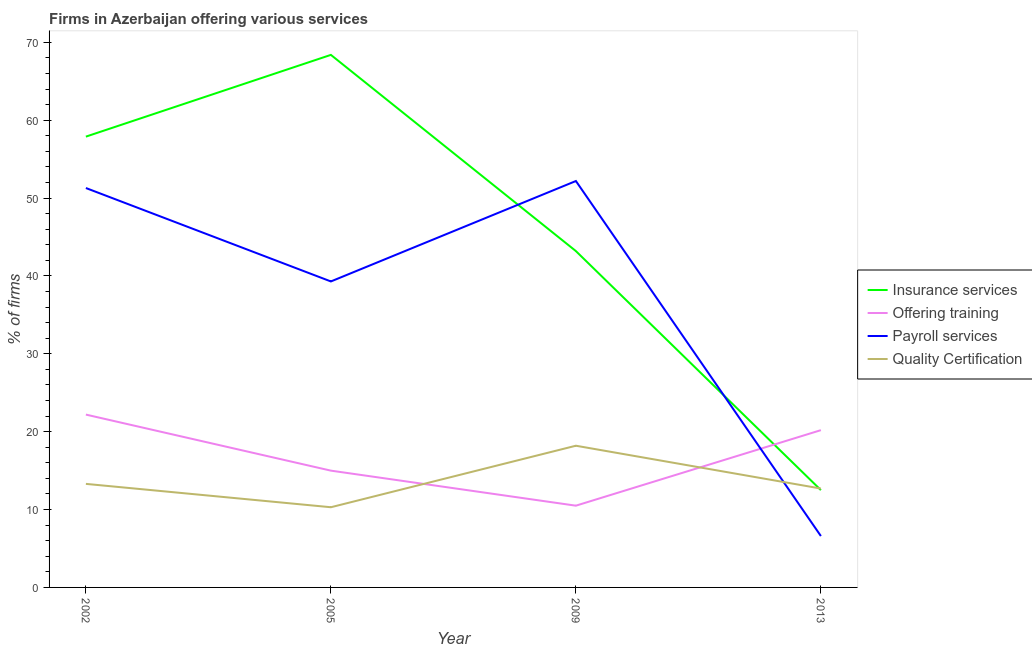
| Year | Insurance services | Offering training | Payroll services | Quality Certification |
 | --- | --- | --- | --- | --- |
 | 2002 | 57.9 | 22.2 | 51.3 | 13.3 |
 | 2005 | 68.4 | 15 | 39.3 | 10.3 |
 | 2009 | 43.2 | 10.5 | 52.2 | 18.2 |
 | 2013 | 12.5 | 20.2 | 6.6 | 12.7 |